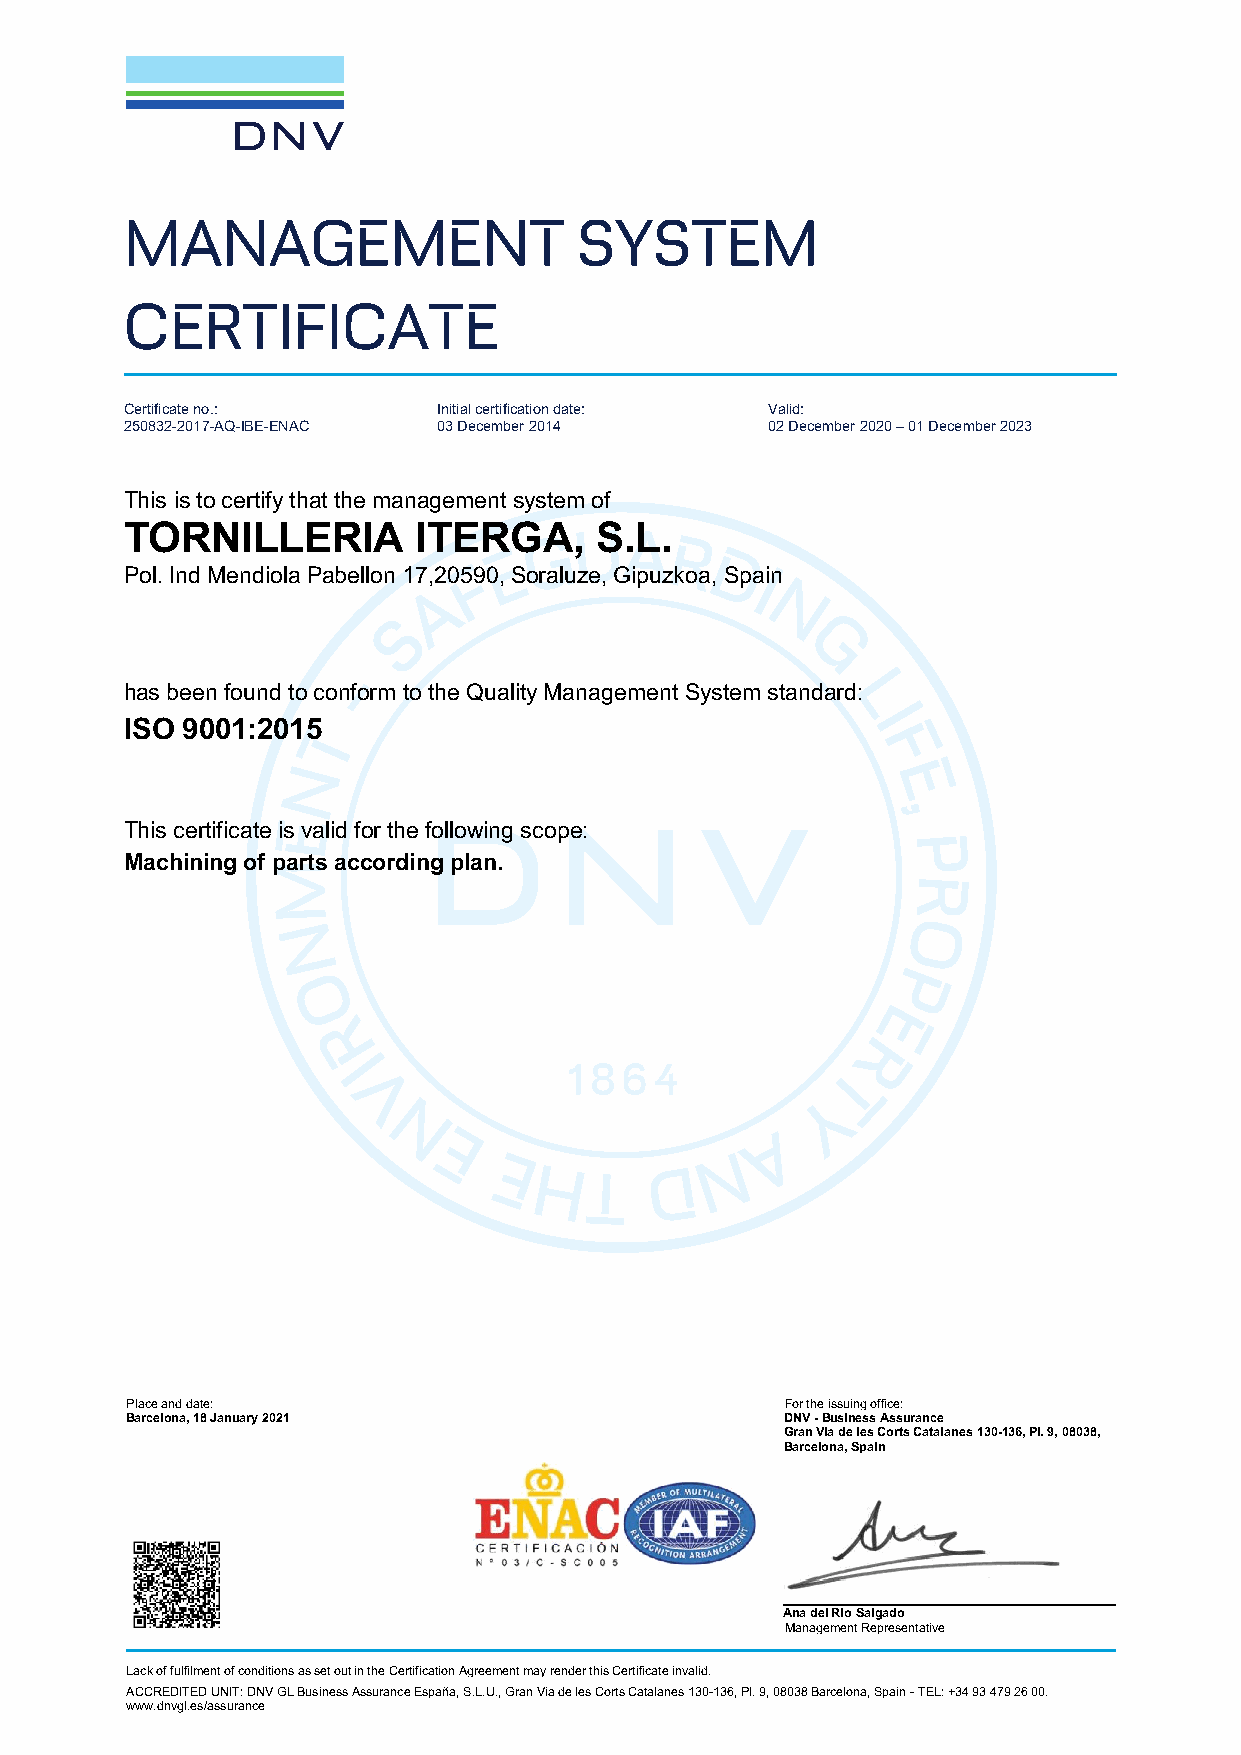
MANAGEMENT                    SYSTEM
 CERTIFICATE
 Certificate no.:     Initial certification date: Valid:
 250832 -2017 -AQ-IBE-ENAC 03 December 2014 02 December 2020 – 01 December 2023
 This is to certify that the management system of
 TORNILLERIA         ITERGA,    S.L.
 Pol. Ind Mendiola Pabellon 17,20590, Soraluze, Gipuzkoa, Spain
 has been found to conform to the Quality Management System standard:
 ISO 9001:2015
 This certificate is valid for the following scope:
 Machining of parts according plan.
 Place and date:                             For the issuing office:
 Barcelona, 18 January 2021                  DNV - Business Assurance
 Gran Via de les Corts Catalanes 130-136, Pl. 9, 08038,
 Barcelona, Spain
 Ana del Rio Salgado
 Management Representative
 Lack of fulfilment of conditions as set out in the Certification Agreement may render this Certificate invalid.
 ACCREDITED UNIT: DNV GL Business Assurance España, S.L.U. , Gran Via de les Corts Catalanes 130 -136, Pl. 9, 08038 Barcelona, Spain - TEL: +34 93 479 26 00 .
 www.dnvgl.es/assurance